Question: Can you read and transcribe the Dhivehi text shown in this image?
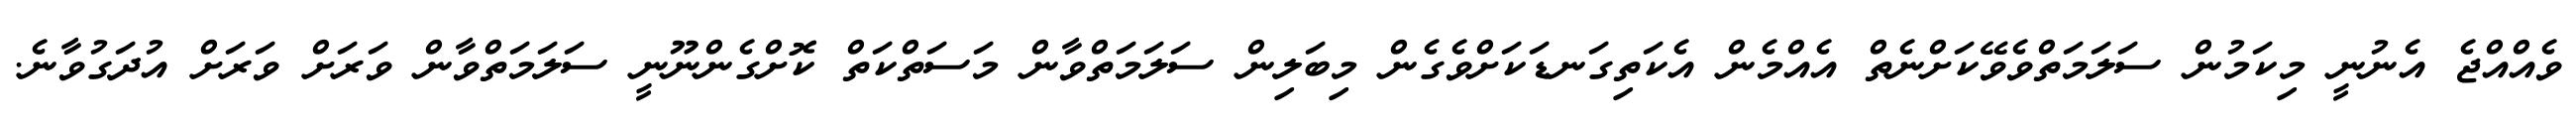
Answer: ވެއްއްޖެ އެނުނީ މިކަމުން ސަލަމަތްވެވޭކަށްނެތް އެއްމެން އެކަތިގަނޑަކަށްވެގެން މިބަލިން ސަލަމަތްވާން މަސަތްކަތް ކޮށްގެންނޫނީ ސަލަމަތްވާން ވަރަށް ވަރަށް އުދަގުވާނެ.